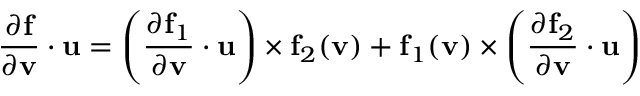
{ \frac { \partial \mathbf { f } } { \partial \mathbf { v } } } \cdot \mathbf { u } = \left( { \frac { \partial \mathbf { f } _ { 1 } } { \partial \mathbf { v } } } \cdot \mathbf { u } \right) \times \mathbf { f } _ { 2 } ( \mathbf { v } ) + \mathbf { f } _ { 1 } ( \mathbf { v } ) \times \left( { \frac { \partial \mathbf { f } _ { 2 } } { \partial \mathbf { v } } } \cdot \mathbf { u } \right)